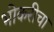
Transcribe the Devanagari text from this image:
भोकरीचा